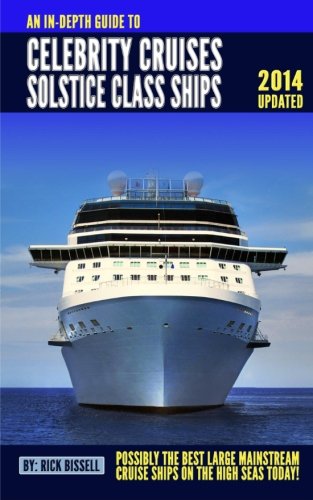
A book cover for An In-depth Guide to Celebrity Cruises Solstice Class Ships - 2014 Edition: Possibly the Best Mainstream Cruise Ships on the High Seas Today; Rick Bissell; Travel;